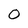
Character: O